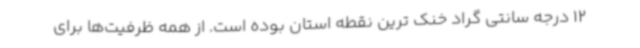
12 درجه سانتی گراد خنک ترین نقطه استان بوده است. از همه ظرفیت‌ها برای